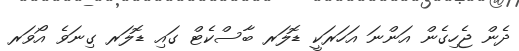
ދެން ޖެހިގެން އަންނަ އަހަރަކީ ޑޮލަރ ބާސްކެޓް ގައި ޑޮލަރ ގިނަވެ އޯވަރ